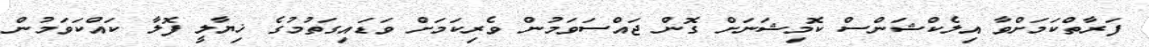
ފަރާތްކަމަށްވާ އިލެކްޝަންސް ކޮމިޝަނަށް ގޮން ޖައްސަވަމުން ވެރިކަމަށް ވަޑައިގަތުމުގެ ޚިޔާލީ ފޮލާ ކައްކަވަމުން